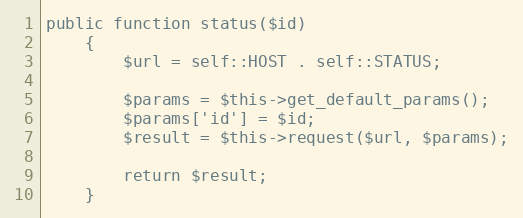
Language: PHP
public function status($id)
    {
        $url = self::HOST . self::STATUS;

        $params = $this->get_default_params();
        $params['id'] = $id;
        $result = $this->request($url, $params);

        return $result;
    }